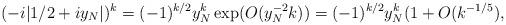
LaTeX: \begin{align*} (-i |1/2 + iy_N|)^k = (-1)^{k/2} y_N^k \exp( O(y_N^{-2} k)) = (-1)^{k/2} y_N^k (1 + O(k^{-1/5}),\end{align*}